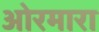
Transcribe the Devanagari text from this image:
ओरमारा